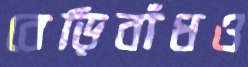
বেড়িবাঁধও